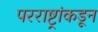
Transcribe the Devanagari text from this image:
परराष्ट्रांकडून